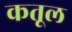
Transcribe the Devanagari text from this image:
कतूल